Annual report on the health of the army in India
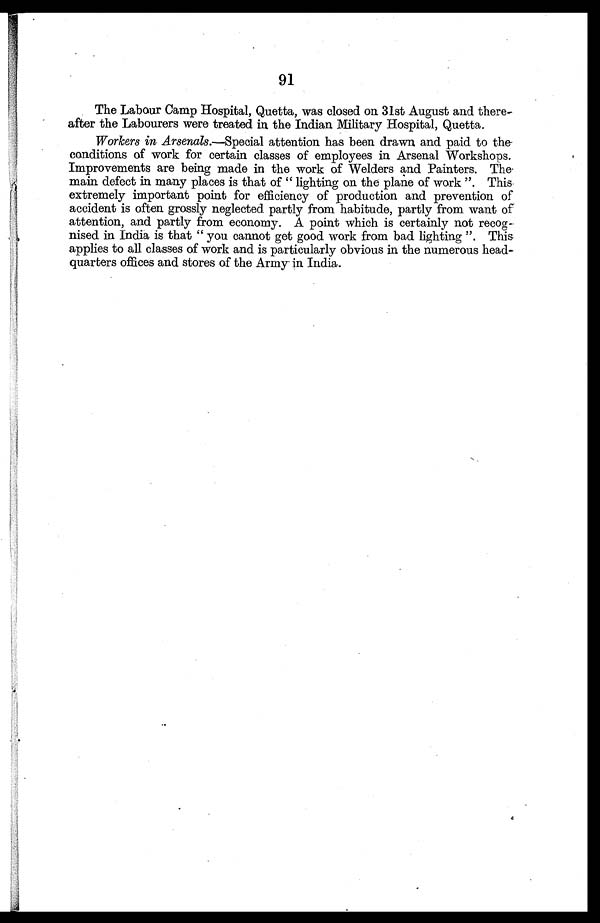
91
The Labour Camp Hospital, Quetta, was closed on 31st August and there
after the Labourers were treated in the Indian Military Hospital, Quetta.
Workers in Arsenals .—Special attention has been drawn and paid to the
conditions of work for certain classes of employees in Arsenal Workshops.
Improvements are being made in the work of Welders and Painters. The.
main defect in many places is that of " lighting on the plane of work ". This
extremely important point for efficiency of production and prevention of
accident is often grossly neglected partly from habitude, partly from want of
attention, and partly from economy. A point which is certainly not recog
-nised in India is that " you cannot get good work from bad lighting ". This
applies to all classes of work and is particularly obvious in the numerous head-
quarters offices and stores of the Army in India.